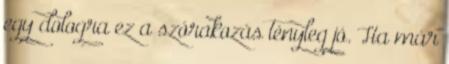
egy dologra ez a szórakozás tényleg jó. Ha már